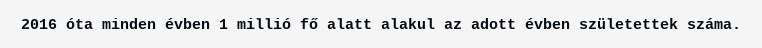
2016 óta minden évben 1 millió fő alatt alakul az adott évben születettek száma.